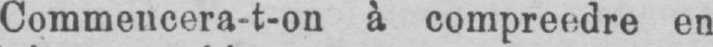
Commencera-t-on à compreedre en